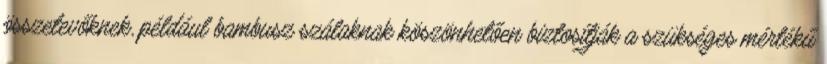
összetevőknek, például bambusz szálaknak köszönhetően biztosítják a szükséges mértékű